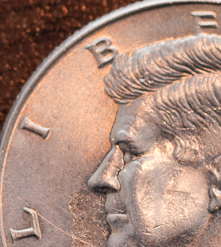
LIBE